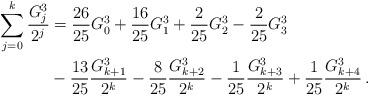
LaTeX: \begin{align*}\sum_{j = 0}^k {\frac{{G_j^3 }}{{2^j }}} &= \frac{{26}}{{25}}G_0^3 + \frac{{16}}{{25}}G_1^3 + \frac{2}{{25}}G_2^3 - \frac{2}{{25}}G_3^3\\&- \frac{{13}}{{25}}\frac{{G_{k + 1}^3 }}{{2^k }} - \frac{8}{{25}}\frac{{G_{k + 2}^3 }}{{2^k }} - \frac{1}{{25}}\frac{{G_{k + 3}^3 }}{{2^k }} + \frac{1}{{25}}\frac{{G_{k + 4}^3 }}{{2^k }}\,.\end{align*}